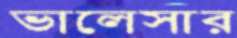
ভালেসার